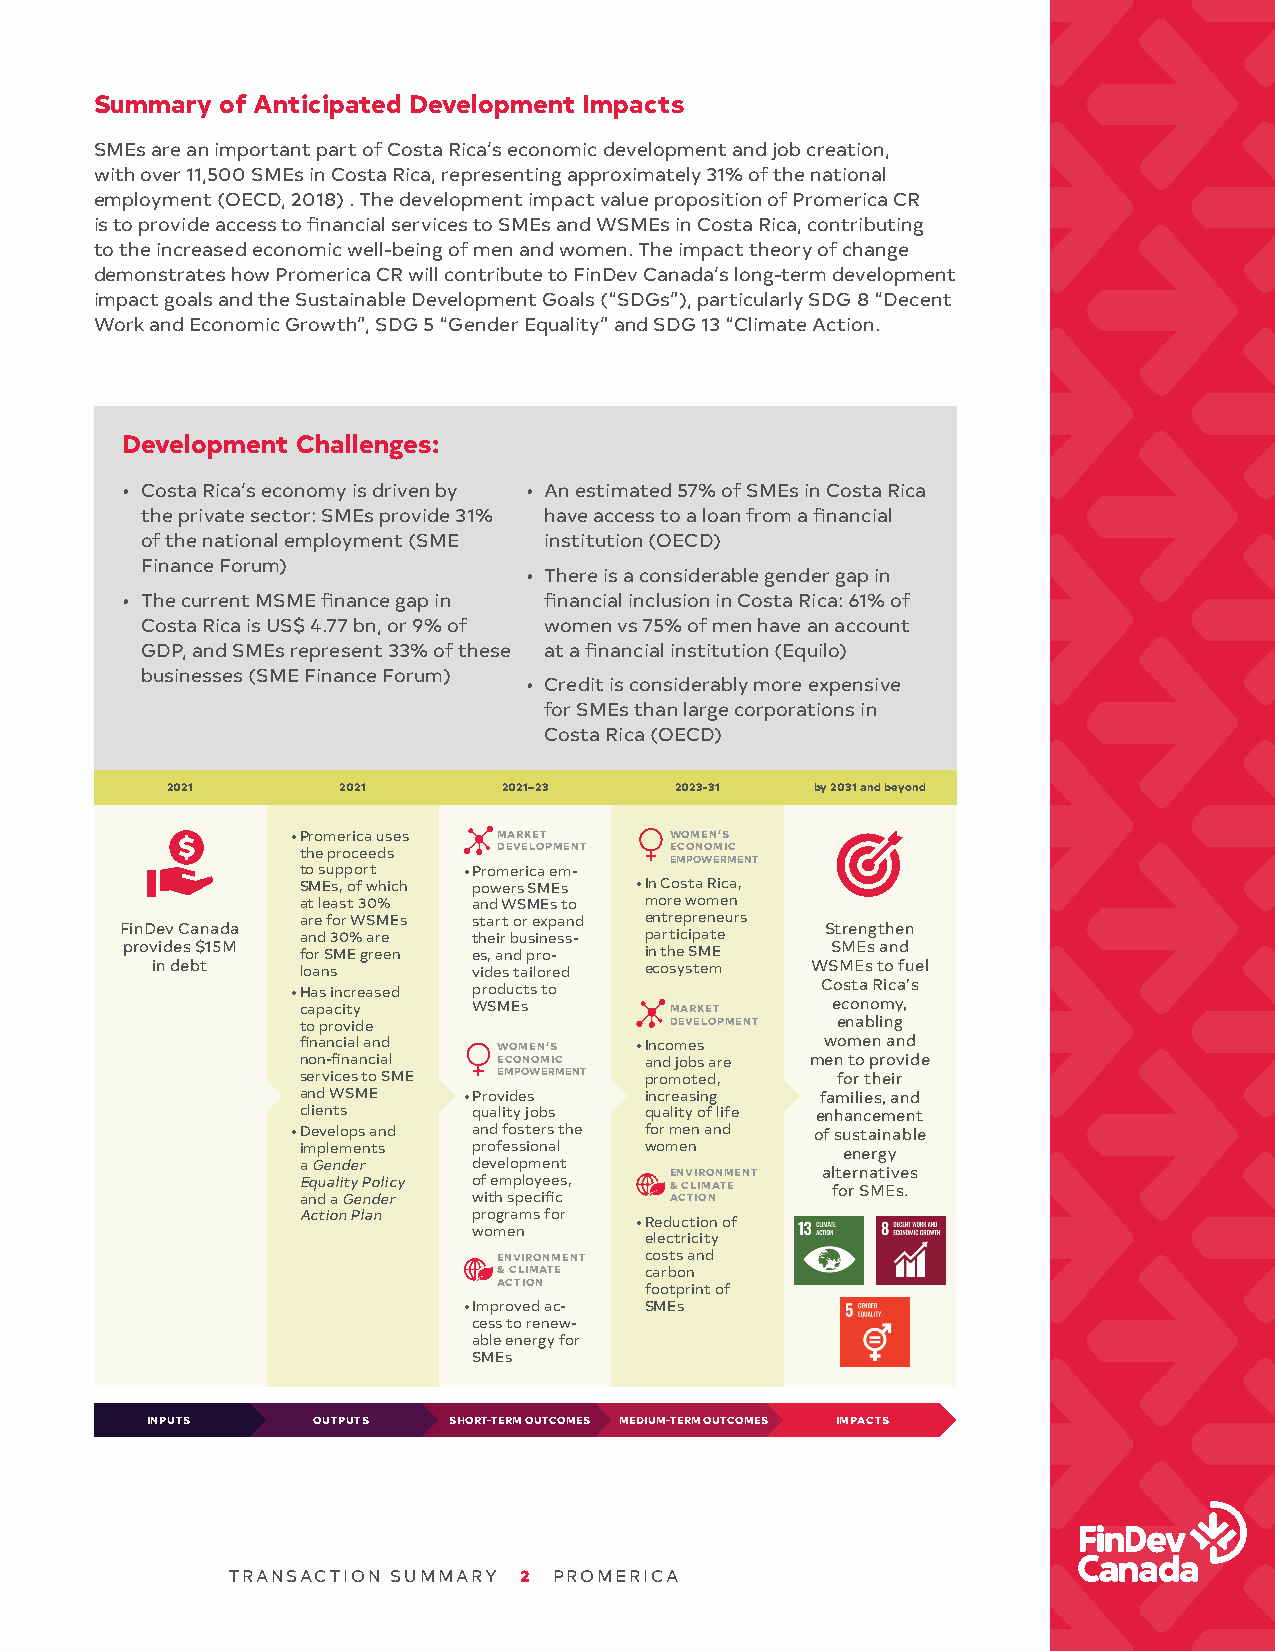
Summary  of Anticipated Development Impacts
 SMEs are an important part of Costa Rica’s economic development and job creation,
 with over 11,500 SMEs in Costa Rica, representing approximately 31% of the national
 employment (OECD, 2018) . The development impact value proposition of Promerica CR
 is to provide access to financial services to SMEs and WSMEs in Costa Rica, contributing
 to the increased economic well-being of men and women. The impact theory of change
 demonstrates how Promerica CR will contribute to FinDev Canada’s long-term development
 impact goals and the Sustainable Development Goals (“SDGs”), particularly SDG 8 “Decent
 Work and Economic Growth”, SDG 5 “Gender Equality” and SDG 13 “Climate Action.
 Development Challenges:
 • Costa Rica’s economy is driven by • An estimated 57% of SMEs in Costa Rica
 the private sector: SMEs provide 31% have access to a loan from a financial
 of the national employment (SME institution (OECD)
 Finance Forum)
 • There is a considerable gender gap in
 • The current MSME finance gap in financial inclusion in Costa Rica: 61% of
 Costa Rica is US$ 4.77 bn, or 9% of women vs 75% of men have an account
 GDP, and SMEs represent 33% of these at a financial institution (Equilo)
 businesses (SME Finance Forum)
 • Credit is considerably more expensive
 for SMEs than large corporations in
 Costa Rica (OECD)
 2021       2021       2021–23     2023-31  by 2031 and beyond
 • Promerica uses MARKET  WOMEN’S
 the proceeds DEVELOPMENT ECONOMIC
 EMPOWERMENT
 to support • Promerica em-
 SMEs, of which powers SMEs • In Costa Rica,
 at least 30% and WSMEs to more women
 FinDev Canada are for WSMEs start or expand entrepreneurs Strengthen
 and 30% are their business- participate
 provides $15M for SME green es, and pro- in the SME SMEs and
 in debt   loans      vides tailored ecosystem WSMEs to fuel
 • Has increased products to        Costa Rica’s
 capacity   WSMEs        MARKET     economy,
 to provide              DEVELOPMENT enabling
 financial and WOMEN’S • Incomes    women and
 non-financial ECONOMIC and jobs are men to provide
 services to SME EMPOWERMENT promoted, for their
 and WSME   • Provides  increasing families, and
 clients    quality jobs quality of life enhancement
 • Develops and and fosters the for men and of sustainable
 implements professional women       energy
 a Gender   development
 Equality Policy of employees, E &N CV LI IR MO AN TM E ENT a flt oe rr Sna Mt Eiv se .s
 and a Gender with specific ACTION
 Action Plan programs for • Reduction of
 women
 electricity
 ENVIRONMENT costs and
 & CLIMATE carbon
 ACTION    footprint of
 • Improved ac- SMEs
 cess to renew-
 able energy for
 SMEs
 INPUTS     OUTPUTS  SHORT-TERM OUTCOMES MEDIUM-TERM OUTCOMES IMPACTS
 TRANSACTION SUMMARY 2 PROMERICA